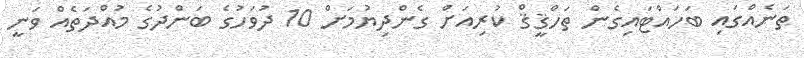
ތަނެއްގައި ބަހައްޓައިގެން ތަހްޤީޤް ކުރިއަށް ގެންދިޔުމަށް 10 ދުވަހުގެ ބަންދުގެ މުއްދަތެއް ވަނީ